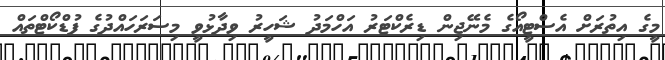
މީގެ އިތުރަށް އެސްޓީއޯގެ މެނޭޖިން ޑިރެކްޓަރު އަހްމަދު ޝަހީރު ވިދާޅުވީ މިސަރަހައްދުގެ ފުޑްކޯޓްތައް